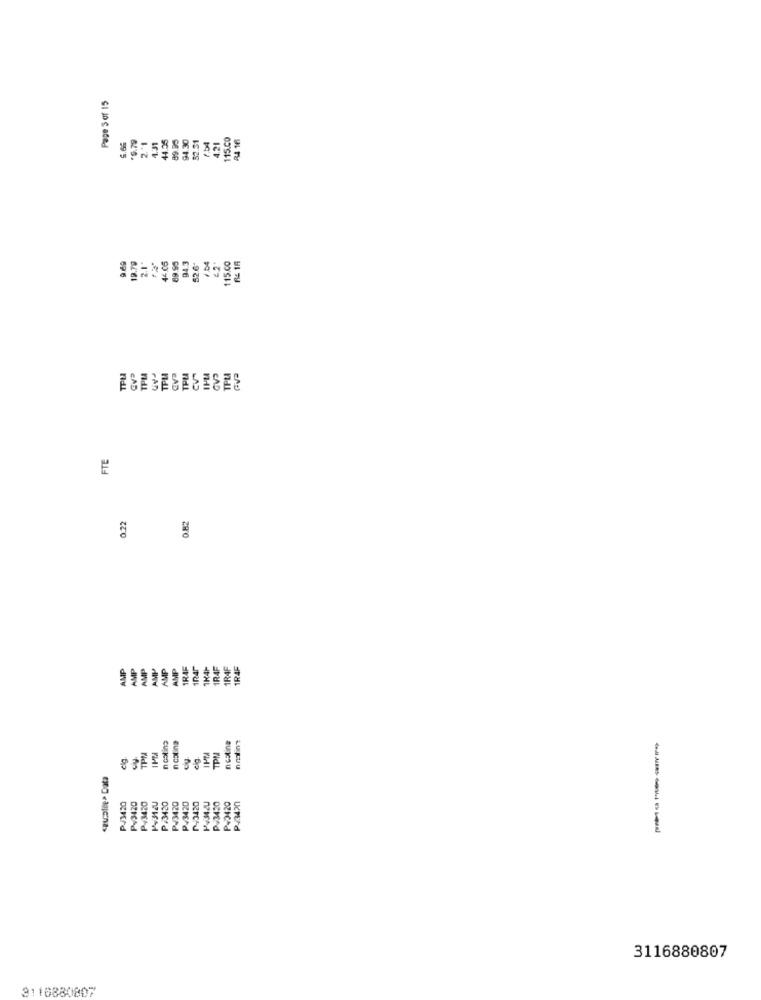
Page S of 15
2."1
89.95
94.30
62.51
7.54
115.Co
84 16
6.66
*6.79
1.31
4455
4.21
19.78
2.1 .
89.95
94.3
526
1 04
115.00
TPU
TPL
TPU
TPU
TPLA
ESELESESISEE
FTE
0.22
0.82
AMP
AMP
AMP
AMP
AMP
AMP
1RAF
1K4H
IRAF
1RAF
1R4F
nostino
nicotina
n cotina
elg.
TPM
cig.
TPM
szuDIDe> Data
P+3420
P¥2420
PZ3420
PJ3420
Pv3420
₱#3420
PV3420
P43420
Py3420
P4342
P+3420
3116880807
3116880807